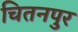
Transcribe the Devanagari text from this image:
चितनपुर